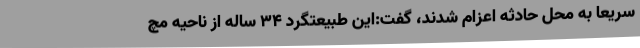
سریعا به محل حادثه اعزام شدند، گفت:این طبیعتگرد 34 ساله از ناحیه مچ